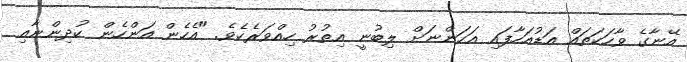
އޭނާގެ ވާހަކަތައް އަޑުއަހާފައި އަހަންނަށް ލިބުނީ އިތުރު ހިއްވަރެކެވެ. "އެހެން އަންހެން ކުދިންނާއި